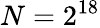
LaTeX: N=2^{18}